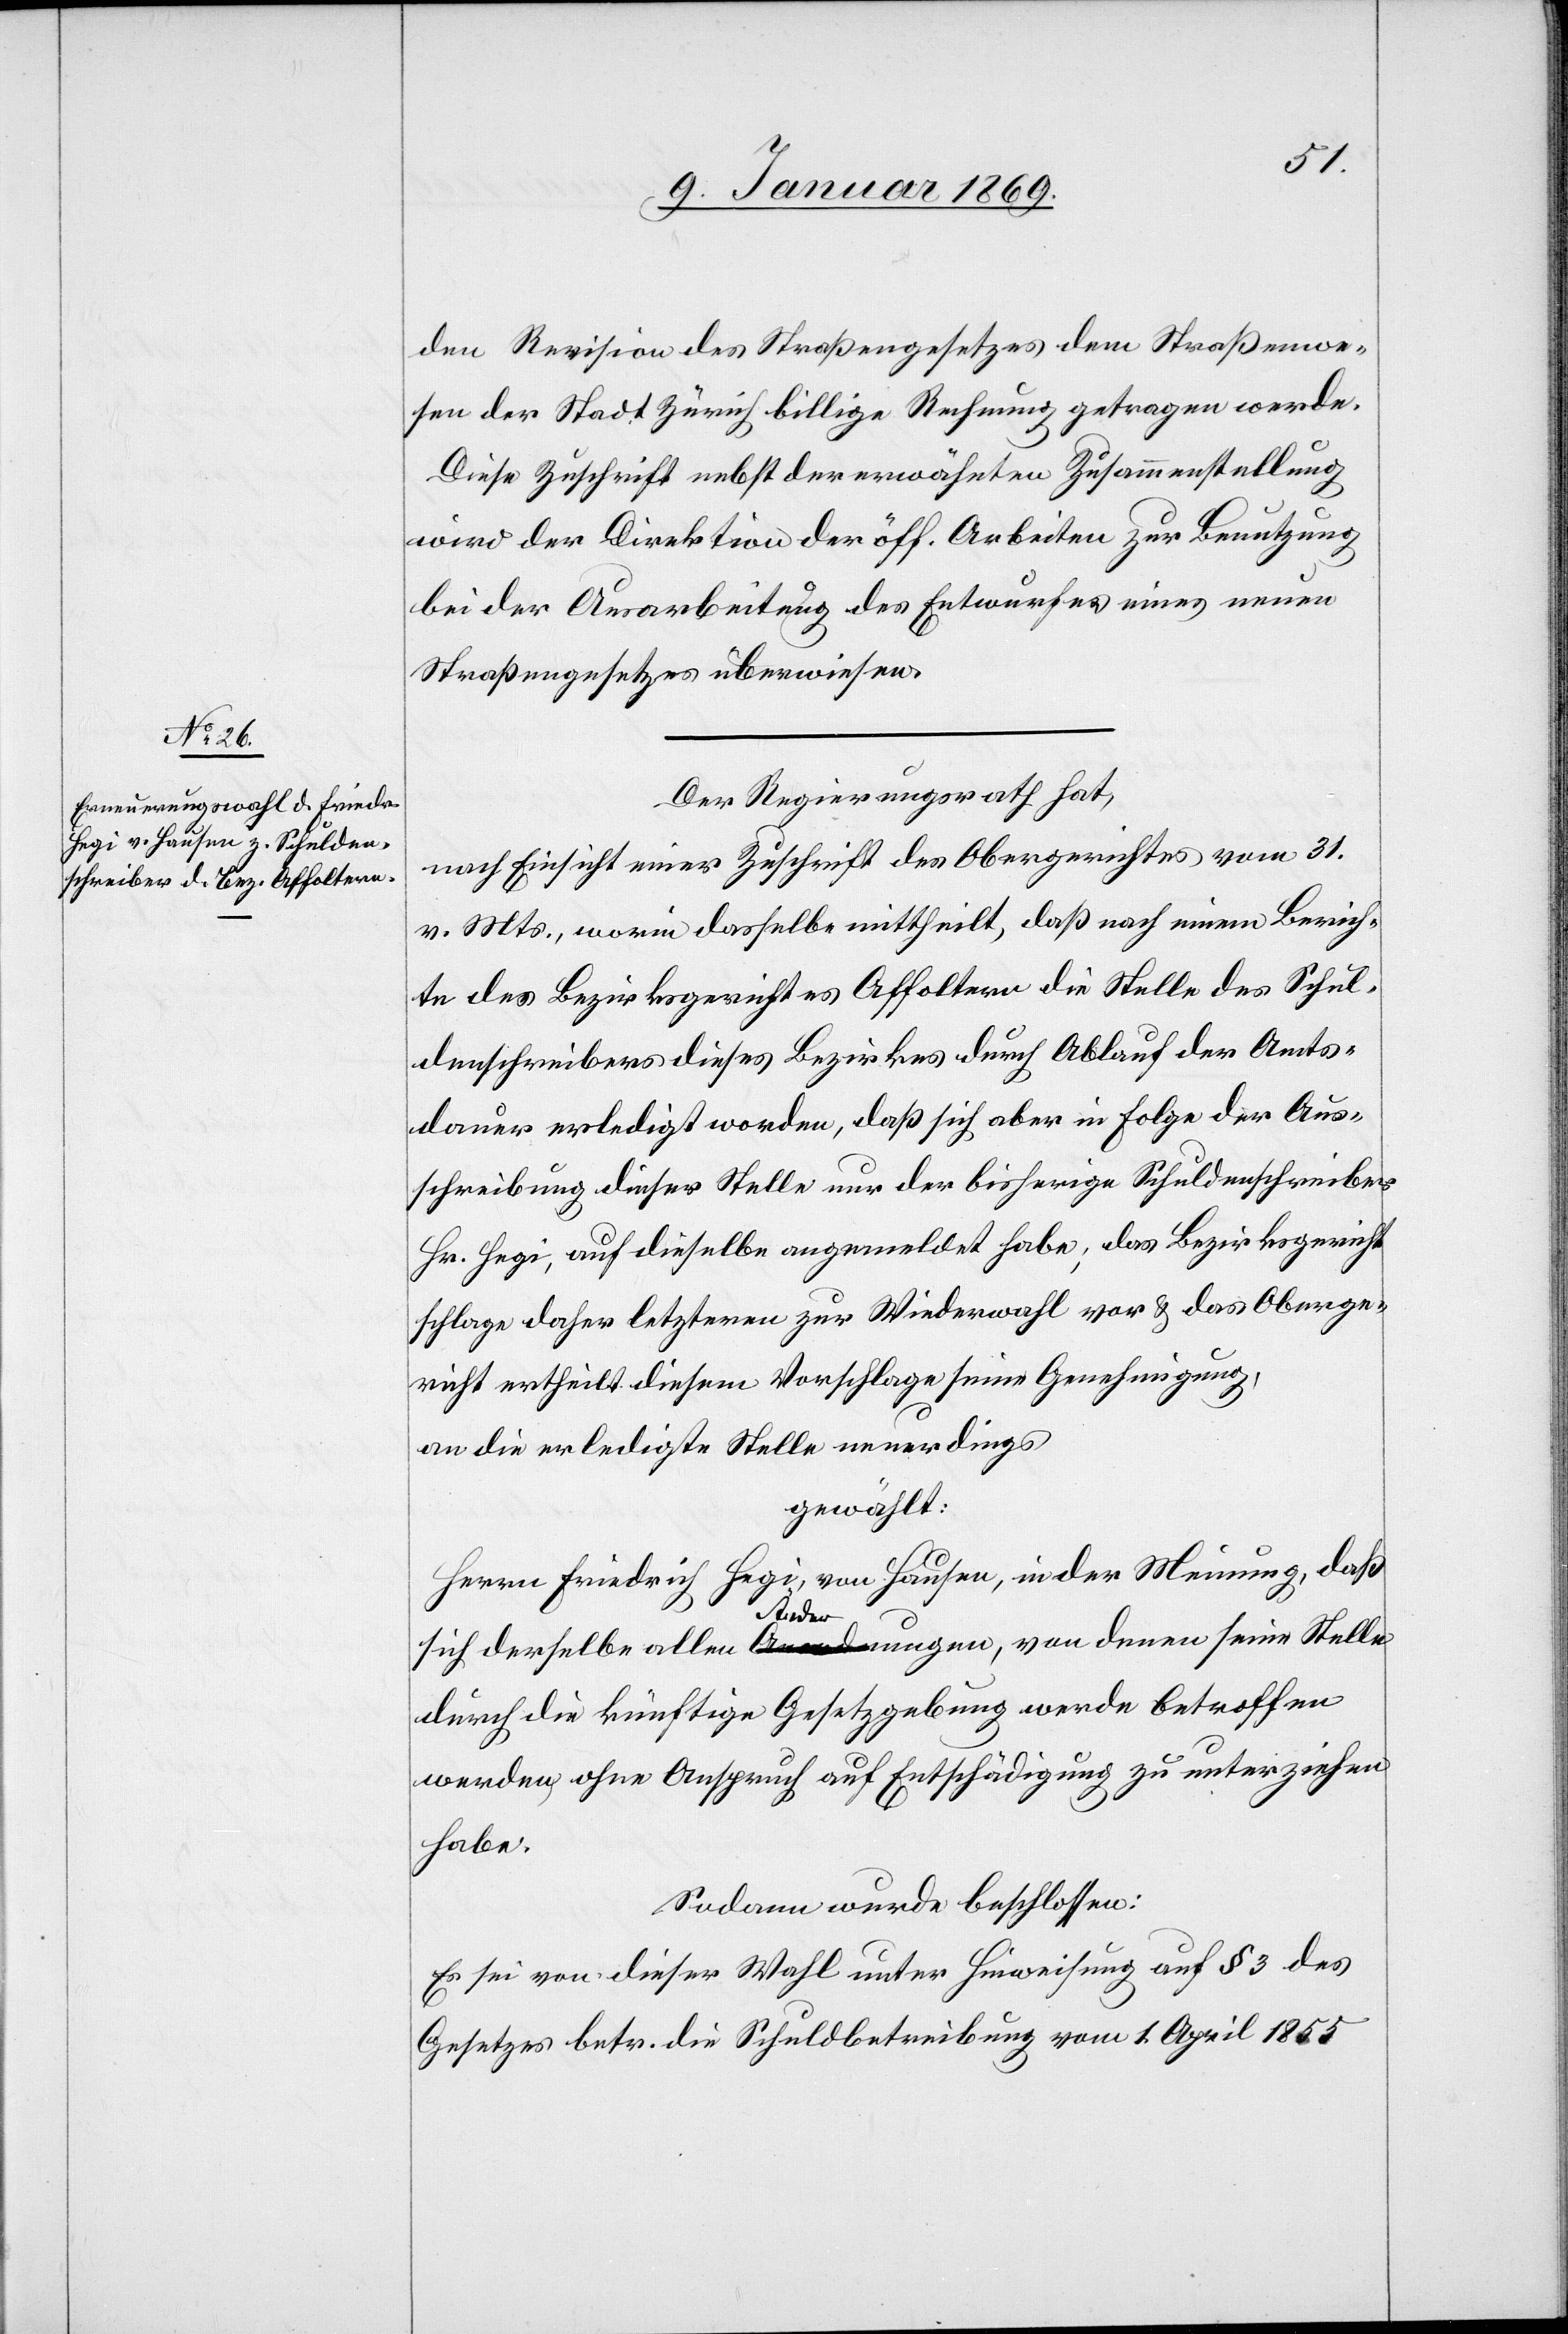
den Revision des Straßengesetzes dem Straßenwe¬
sen der Stadt Zürich billige Rechnung getragen werde.
Diese Zuschrift nebst der erwähnten Zusammenstellung
wird der Direktion der öff. Arbeiten zur Benutzung
bei der Ausarbeitung des Entwurfes eines neuen
Straßengesetzes überwiesen.
Der Regierungsrath hat,
nach Einsicht einer Zuschrift des Obergerichtes vom 31.
v. Mts., worin dasselbe mittheilt, daß nach einem Berich¬
te des Bezirksgerichtes Affoltern die Stelle des Schul¬
denschreibers dieses Bezirkes durch Ablauf der Amts¬
dauer erledigt worden, daß sich aber in Folge der Aus¬
schreibung dieser Stelle nur der bisherige Schuldenschreiber
Hr. Hegi, auf dieselbe angemeldet habe; das Bezirksgericht
schlage daher letztern zur Wiederwahl vor u. das Oberge¬
richt ertheilt diesem Vorschlage seine Genehmigung,
an die erledigte Stelle neuerdings
gewählt:
Herrn Friedrich Hegi, von Hausen, in der Meinung, daß
sich derselbe allen Änderungen, von denen seine Stelle
durch die künftige Gesetzgebung werde betroffen
werden ohne Anspruch auf Entschädigung zu unterziehen
habe.
Sodann auch beschlossen:
Es sei von dieser Wahl unter Hinweisung auf § 3 des
Gesetzes betr. die Schuldbetreibung vom 1. April 1855